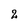
Character: 2